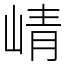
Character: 崝